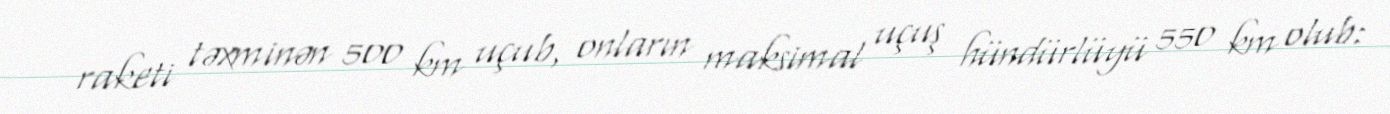
raketi təxminən 500 km uçub, onların maksimal uçuş hündürlüyü 550 km olub: